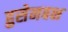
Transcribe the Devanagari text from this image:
हुसेनबक्ष